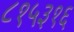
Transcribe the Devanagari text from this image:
८१५३१६